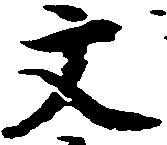
文